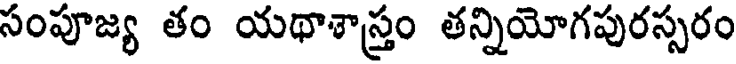
సంపూజ్య తం యథాశాస్త్రం తన్నియోగపురస్సరం